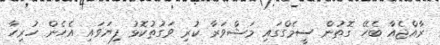
ރާއްޖެއާ ބެހޭ ގޮތުން ސީމެގްގައި މަޝްވަރާ ކުރި ވަގުތުކޮޅު ފިޔަވައި އެހެން ހުރިހާ